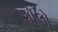
શોલો